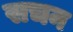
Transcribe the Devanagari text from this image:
सचन